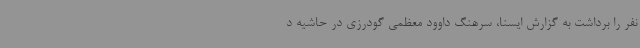
نفر را برداشت به گزارش ایسنا، سرهنگ داوود معظمی گودرزی در حاشیه د